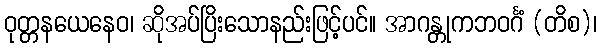
ဝုတ္တနယေနေဝ၊ ဆိုအပ်ပြိးသောနည်းဖြင့်ပင်။ အာဂန္တုကဘဝင်္ဂံ (တိစ)၊